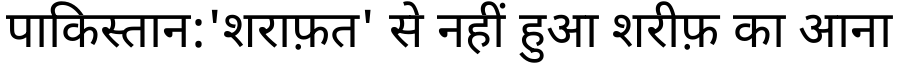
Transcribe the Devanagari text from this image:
पाकिस्तान:'शराफ़त' से नहीं हुआ शरीफ़ का आना